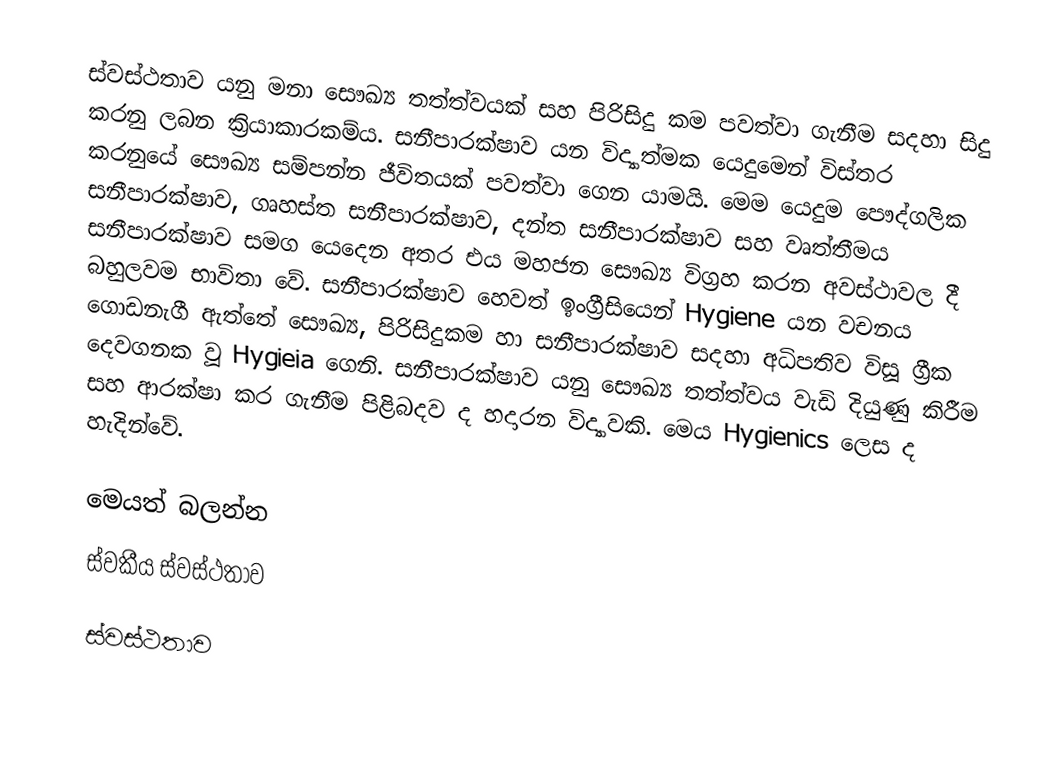
ස්වස්ථතාව යනු මනා සෞඛ්‍ය තත්ත්වයක් සහ පිරිසිදු කම පවත්වා ගැනීම සදහා සිදු කරනු ලබන ක්‍රියාකාරකම්ය. සනීපාරක්ෂාව යන විද්‍යාත්මක යෙදුමෙන් විස්තර කරනුයේ සෞඛ්‍ය සම්පන්න ජීවිතයක් පවත්වා ගෙන යාමයි. මෙම යෙදුම පෞද්ගලික සනීපාරක්ෂාව, ගෘහස්ත සනීපාරක්ෂාව, දන්ත සනීපාරක්ෂාව සහ වෘත්තීමය සනීපාරක්ෂාව සමග යෙදෙන අතර එය මහජන සෞඛ්‍ය විග්‍රහ කරන අවස්ථාවල දී බහුලවම භාවිතා වේ. සනීපාරක්ෂාව හෙවත් ඉංග්‍රීසියෙන් Hygiene යන වචනය ගොඩනැගී ඇත්තේ සෞඛ්‍ය, පිරිසිදුකම හා සනීපාරක්ෂාව සදහා අධිපතිව විසූ ග්‍රීක දෙවගනක වූ Hygieia ගෙනි. සනීපාරක්ෂාව යනු සෞඛ්‍ය තත්ත්වය වැඩි දියුණු කිරීම සහ ආරක්ෂා කර ගැනීම පිළිබදව ද හදාරන විද්‍යාවකි. මෙය Hygienics ලෙස ද හැදින්වේ.

මෙයත් බලන්න
ස්වකීය ස්වස්ථතාව

ස්වස්ථතාව